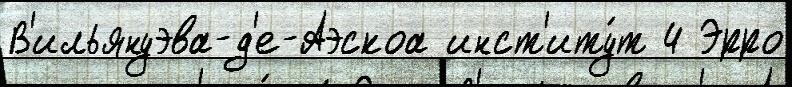
В'ильянуэва-д'е-Аэскоа инст'иту́т 4 Эрро